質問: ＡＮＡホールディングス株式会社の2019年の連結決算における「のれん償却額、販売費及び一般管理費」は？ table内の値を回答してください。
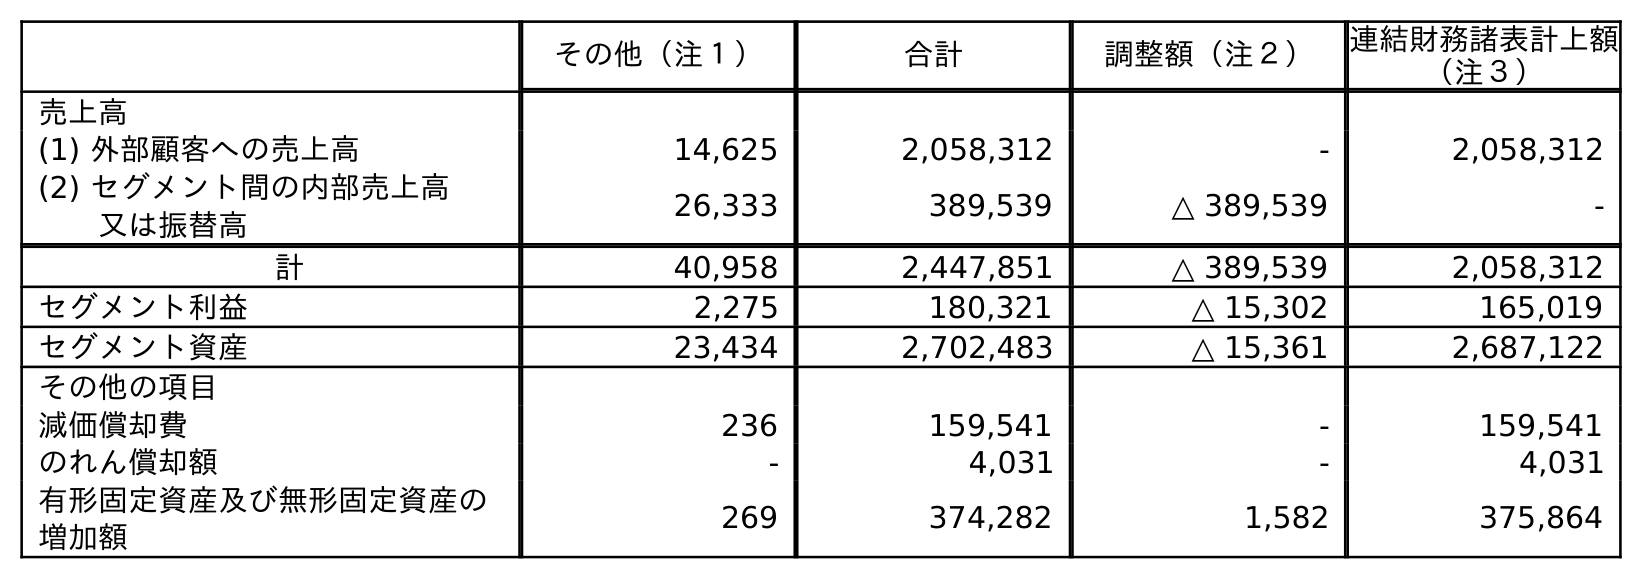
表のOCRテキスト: その他（注１） 合計 調整額（注２） 連結財務諸表計上額 （注３） 売上高 (1) 外部顧客への売上高 14,625 2,058,312 - 2,058,312 (2) セグメント間の内部売上高 又は振替高 26,333 389,539 △ 389,539 - 計 40,958 2,447,851 △ 389,539 2,058,312 セグメント利益 2,275 180,321 △ 15,302 165,019 セグメント資産 23,434 2,702,483 △ 15,361 2,687,122 その他の項目 減価償却費 236 159,541 - 159,541 のれん償却額 - 4,031 - 4,031 有形固定資産及び無形固定資産の 増加額 269 374,282 1,582 375,864
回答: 4,031